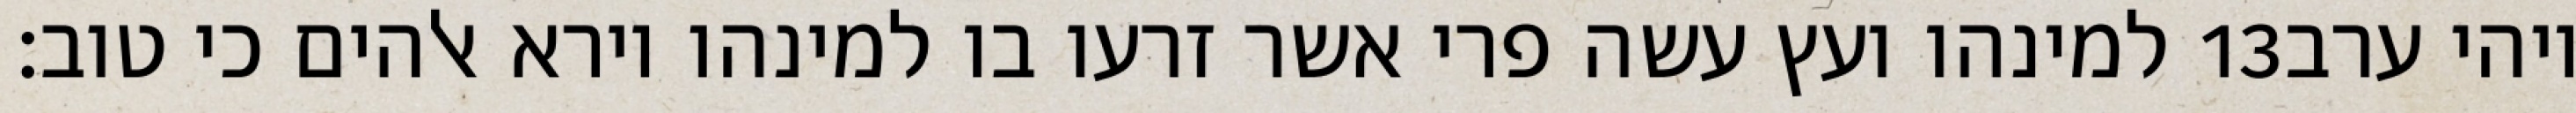
למינהו ועץ עשה פרי אשר זרעו בו למינהו וירא אלהים כי טוב׃ ‎13‏ ויהי ערב